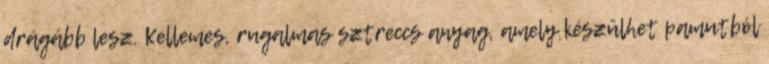
drágább lesz. Kellemes, rugalmas sztreccs anyag, amely készülhet pamutból